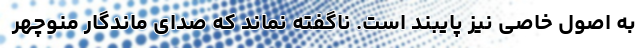
به اصول خاصی نیز پایبند است. ناگفته نماند که صدای ماندگار منوچهر